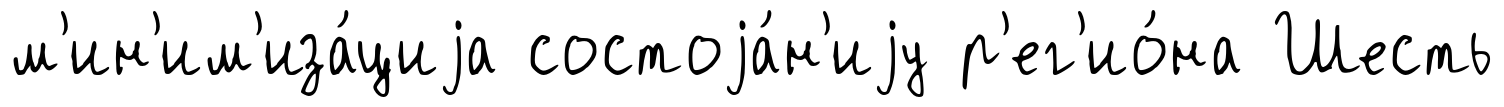
м'ин'им'иза́циjа состоjа́н'иjу р'ег'ио́на Шесть